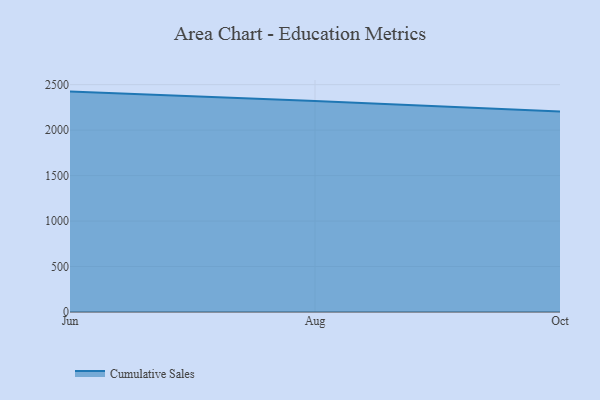
{"axis": {"x": "Month", "y": "Churn Rate (%)"}, "legend": ["Cumulative Sales"], "data": [{"x": "Jun", "y": 2423.8, "type": "Cumulative Sales"}, {"x": "Aug", "y": 2319.1, "type": "Cumulative Sales"}, {"x": "Oct", "y": 2205.2, "type": "Cumulative Sales"}]}